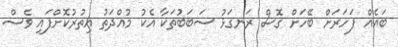
ބައެއް ފަހަރަށް ބޭހަށް ގޮސް ރަނގަޅު ސަބަބުތަކާ އެކު މުއްދަތު އިތުރުކޮށްފައި ވެސް